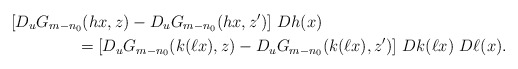
\begin{align*}& [D_uG_{m-n_0}(hx,z)-D_uG_{m-n_0}(hx,z')] \ Dh(x)\\ & \qquad\qquad=[D_uG_{m-n_0}(k(\ell x),z)-D_uG_{m-n_0}(k(\ell x),z')] \ Dk(\ell x) \ D\ell(x).\end{align*}